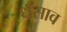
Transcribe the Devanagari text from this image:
धँसाव